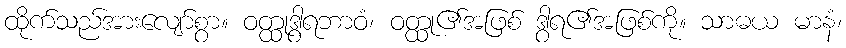
ထိုက်သည်အားလျော်စွာ။ ဝတ္ထုဒွါရဘာဝံ၊ ဝတ္ထု၏အဖြစ် ဒွါရ၏အဖြစ်ကို။ သာဓယ မာနံ၊